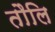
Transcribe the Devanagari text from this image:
तौलि